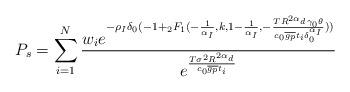
LaTeX: \begin{align*} P_s=\sum\limits_{i=1}^N \frac{w_i e^{-\rho_I \delta_0(-1+{}_2F_1(-\frac{1}{\alpha_I}, k, 1-\frac{1}{\alpha_I}, -\frac{T R^{2 \alpha_d} \gamma_0 \theta}{ c_0 \overline{g_p} t_i \delta_0^{\alpha_I}} ))} }{e^{\frac{T \sigma^2 R^{2 \alpha_d}}{ c_0 \overline{g_p} t_i}}} \end{align*}